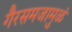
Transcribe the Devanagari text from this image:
गैरसमजामुळं